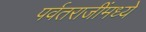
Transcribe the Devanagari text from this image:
पर्वतराजींमध्ये